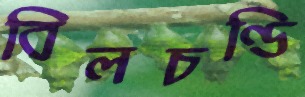
বিলচণ্ডি